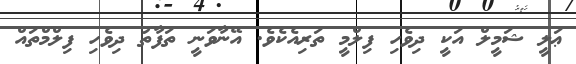
ޢަލީ ޝަމީލް އަކީ ދިވެހި ފިލްމީ ތަރިއެކެވެ. އޭނާވަނީ ތަފާތު ދިވެހި ފިލްމްތައް